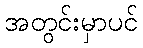
အတွင်းမှာပင်